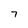
Character: 7